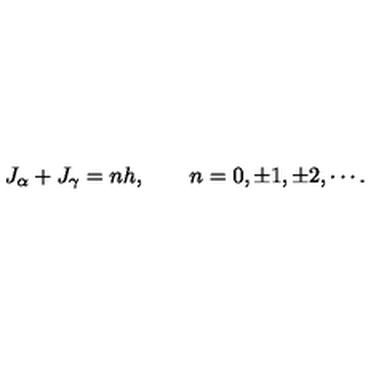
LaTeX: J _ { \alpha } + J _ { \gamma } = n h , \qquad n = 0 , \pm 1 , \pm 2 , \cdots .